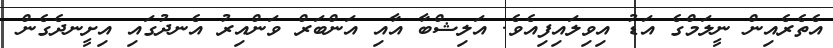
އެތެރެއިން ނީލަމްގެ އަޑު އިވިލައިފިއެވެ. އަލިޝްބާ އާއި އަންބަރް ވަންއިރު އެނދުގައި އިށީނދެގެން